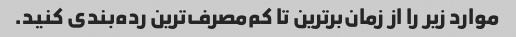
موارد زیر را از زمان‌برترین تا کم‌مصرف‌ترین رده‌بندی کنید.